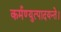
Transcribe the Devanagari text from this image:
कर्मण्युत्पादयन्ते।